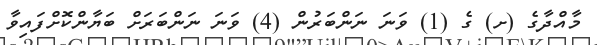
މާއްދާގެ (ށ) ގެ (1) ވަނަ ނަންބަރުން (4) ވަނަ ނަންބަރަށް ބަޔާންކޮށްފައިވާ